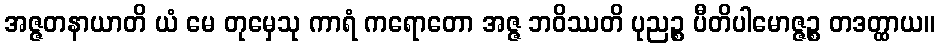
အဇ္ဇတနာယာတိ ယံ မေ တုမှေသု ကာရံ ကရောတော အဇ္ဇ ဘဝိဿတိ ပုညဉ္စ ပီတိပါမောဇ္ဇဉ္စ တဒတ္ထာယ။